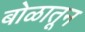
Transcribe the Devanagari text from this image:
बोळातून